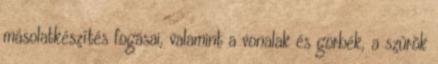
másolatkészítés fogásai, valamint a vonalak és görbék, a szûrõk